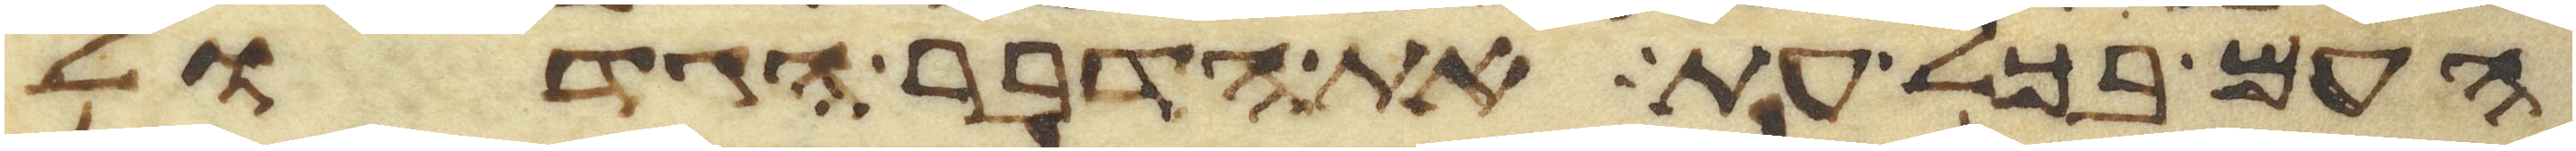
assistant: העם בכל עת את הדבר הגדול